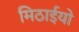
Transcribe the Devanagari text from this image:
मिठाईयो